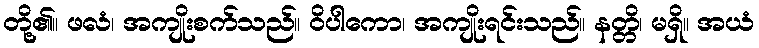
တို့၏။ ဖလံ၊ အကျိုးစက်သည်။ ဝိပါကော၊ အကျိုးရင်းသည်။ နတ္တိ၊ မရှိ။ အယံ